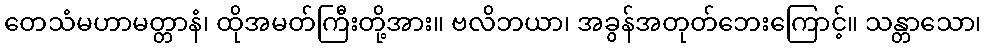
တေသံမဟာမတ္တာနံ၊ ထိုအမတ်ကြီးတို့အား။ ဗလိဘယာ၊ အခွန်အတုတ်ဘေးကြောင့်။ သန္တာသော၊